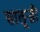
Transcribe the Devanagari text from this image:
सालूजी